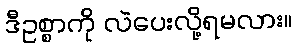
ဒီဥစ္စာကို လဲပေးလို့ရမလား။